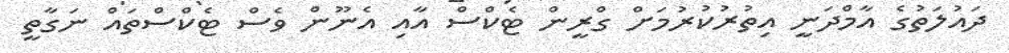
ދައުލަތުގެ އާމްދަނީ އިތުރުކުރުމަށް ގްރީން ޓެކްސް އާއި އެނޫން ވެސް ޓެކްސްތައް ނަގާތީ